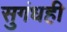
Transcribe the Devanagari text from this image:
सुगंधही